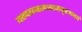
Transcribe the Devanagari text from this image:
यत्तच्छान्तमजरममृतमभयं